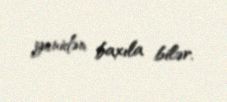
yenidən baxıla bilər.